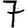
Digit: 7